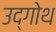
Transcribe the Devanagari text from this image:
उद्गोथ